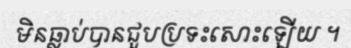
មិនធ្លាប់បានជួបប្រទះសោះឡើយ ។